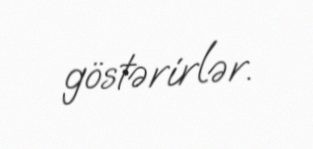
göstərirlər.